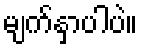
မျက်နှာပါပဲ။